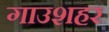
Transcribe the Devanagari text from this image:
गाउशहर